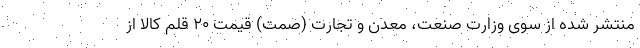
منتشر شده از سوی وزارت صنعت، معدن و تجارت (صمت) قیمت ۲۰ قلم کالا از